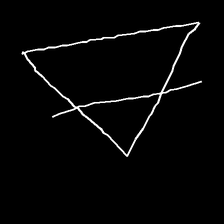
Glyph: empower